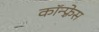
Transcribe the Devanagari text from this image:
कॉन्फ़्रेस